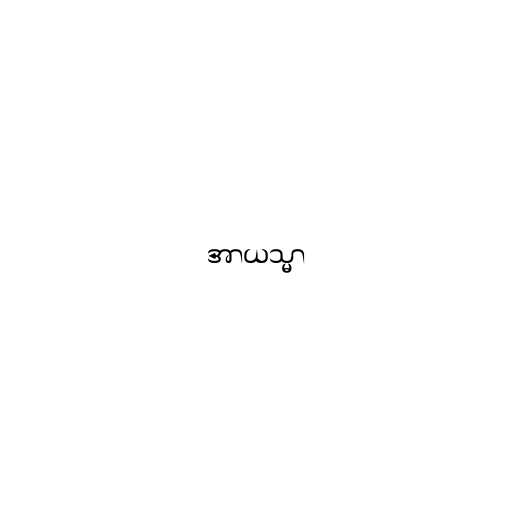
အာယသ္မာ